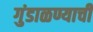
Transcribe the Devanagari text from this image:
गुंडाळण्याची